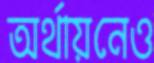
অর্থায়নেও